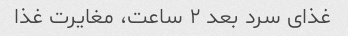
غذای سرد بعد ۲ ساعت، مغایرت غذا